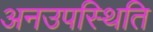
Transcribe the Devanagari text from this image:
अनउपस्थिति